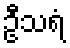
ဦသရံ